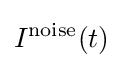
I^{\rm {noise}}(t)